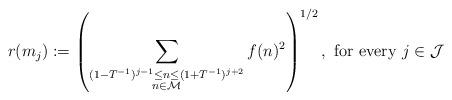
LaTeX: \begin{align*}r(m_j) := \left( \sum_{\substack{(1-T^{-1})^{j-1} \le n \le (1+T^{-1})^{j+2} \\ n \in \mathcal{M}}} f(n)^2 \right)^{1/2}, \textrm{ for every } j \in \mathcal{J}\end{align*}